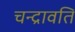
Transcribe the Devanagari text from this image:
चन्द्रावति